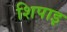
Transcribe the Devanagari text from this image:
शिपाइ